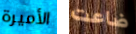
الأميرة ضاعت